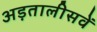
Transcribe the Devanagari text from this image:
अड़तालीसवें